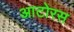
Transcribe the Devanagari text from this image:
आटोरस